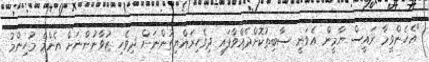
"އެހެންވީމާ ރައީސް ޔާމީން އެވަނީ ސާބިތުކޮށްދެއްވާފައި ދިވެހިރައްޔިތުންނަށް ދިވެހި ޒުވާނުންނަށް އެންމެ މުހިންމު